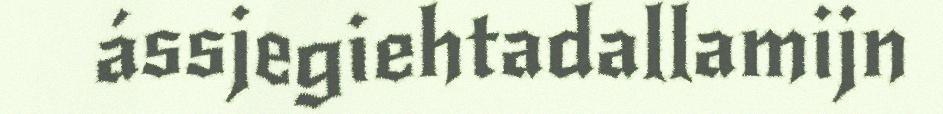
ássjegiehtadallamijn